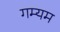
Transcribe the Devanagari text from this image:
गम्यम